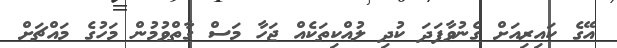
އޭގެ ކައިރިއަށް ގެނުވާފަދަ ކުދި ލުއްކިތަކެއް ޖަހާ މަސް ގާތްވުމުން މަހުގެ މައްޗަށް